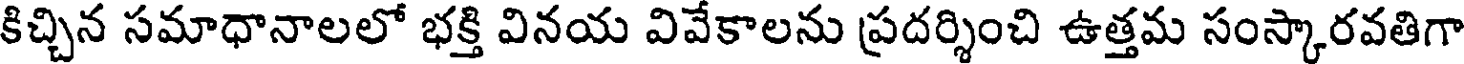
కిచ్చిన సమాధానాలలో భక్తి వినయ వివేకాలను ప్రదర్శించి ఉత్తమ సంస్కారవతిగా